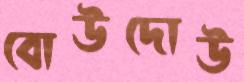
বোউদোউ